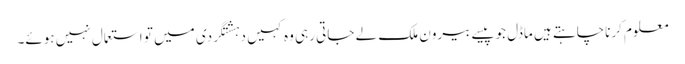
معلوم کرناچاہتے ہیں ماڈل جوپیسے بیرون ملک لے جاتی رہی وہ کہیں دہشتگردی میں تو استعمال نہیں ہوئے۔